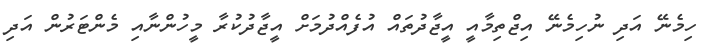
ހިމެނޭ އަދި ނުހިމެނޭ އިޖްތިމާއީ އީޖާދުތައް އުފެއްދުމަށް އީޖާދުކުރާ މީހުންނާއި މެންޓަރުން އަދި